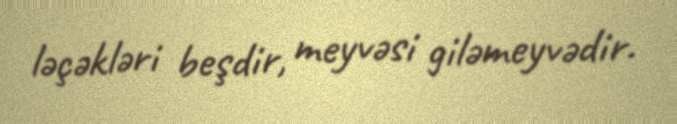
ləçəkləri beşdir, meyvəsi giləmeyvədir.